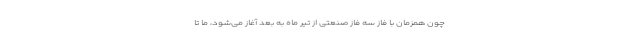
چون همزمان با فاز سه فاز صنعتی از تیر ماه به بعد آغاز می‌شود، ما تا